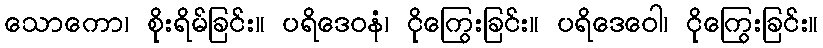
သောကော၊ စိုးရိမ်ခြင်း။ ပရိဒေဝနံ၊ ငိုကြွေးခြင်း။ ပရိဒေဝေါ၊ ငိုကြွေးခြင်း။